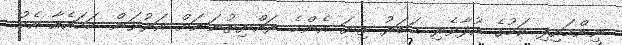
ނިންމައިފި ކަމުގެ އުފާވެރި ޙަބަރު ތިޔަ އެންމެ ރައްޔިތުނަނަށް އަރުވަން. ހަމައެއާ އެކު